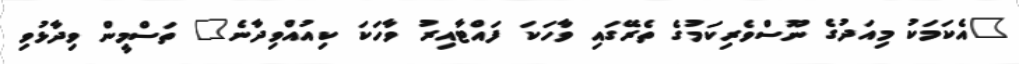
"އެކަމަކު މިއަދުގެ ނޫސްވެރިކަމުގެ ތެރޭގައި ވާހަކަ ފައްޓާއިރު ވާހަކަ ކިއުއްވިދާނެ" ތަސްމީން ވިދާޅުވި